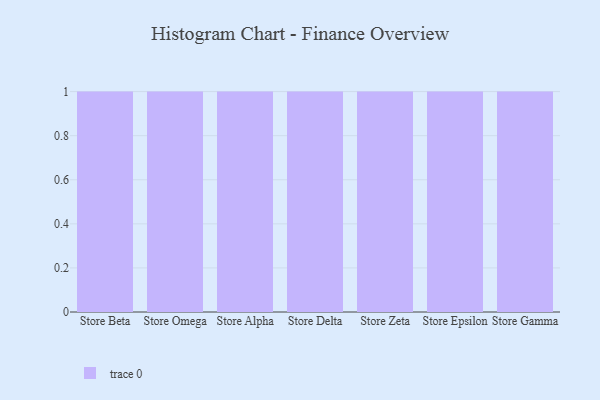
{"axis": {"x": "Store", "y": "Headcount"}, "legend": [""], "data": [{"x": "Store Beta", "y": 56, "type": ""}, {"x": "Store Omega", "y": 54, "type": ""}, {"x": "Store Alpha", "y": 60, "type": ""}, {"x": "Store Delta", "y": 36, "type": ""}, {"x": "Store Zeta", "y": 54, "type": ""}, {"x": "Store Epsilon", "y": 1, "type": ""}, {"x": "Store Gamma", "y": 44, "type": ""}]}